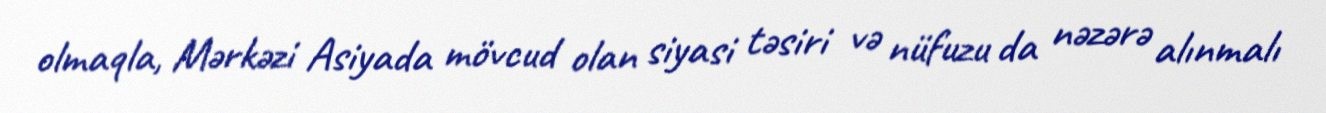
olmaqla, Mərkəzi Asiyada mövcud olan siyasi təsiri və nüfuzu da nəzərə alınmalı